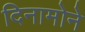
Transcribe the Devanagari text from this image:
दिनामोने